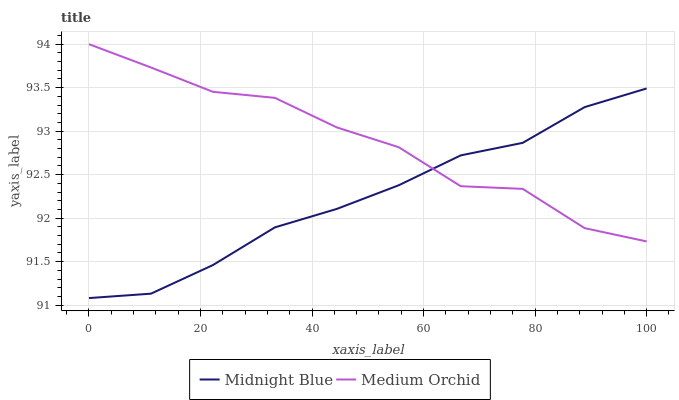
| xaxis_label | Midnight Blue | Medium Orchid |
 | --- | --- | --- |
 | 0 | 91.1 | 94 |
 | 11.1 | 91.1 | 93.7 |
 | 22.2 | 91.5 | 93.5 |
 | 33.3 | 91.9 | 93.4 |
 | 44.4 | 92.1 | 93 |
 | 55.6 | 92.4 | 92.8 |
 | 66.7 | 92.7 | 92.4 |
 | 77.8 | 92.9 | 92.3 |
 | 88.9 | 93.3 | 91.9 |
 | 100 | 93.5 | 91.7 |